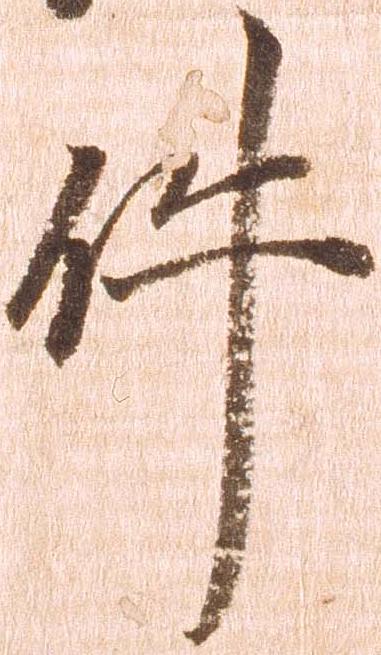
件